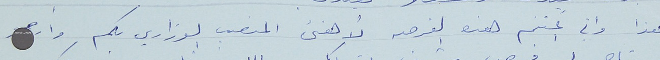
هذا واني اغتنم هذه الفرصه لأهنىء المنصب الوزاري بكم وارجو